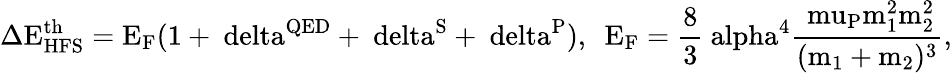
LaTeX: \mathrm{\Delta E_{HFS}^{th}=E_{F}(1+\ delta^{QED}+\ delta^{S}+\ delta^{P}),~~E_{F}=\frac{8}{3}\ alpha^{4}\frac{\ mu_{P}m_{1}^{2}m_{2}^{2}}{(m_{1}+m_{2})^{3}},}